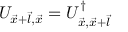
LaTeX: U _ { \vec { x } + \vec { l } , \vec { x } } = U _ { \vec { x } , \vec { x } + \vec { l } } ^ { \dagger }